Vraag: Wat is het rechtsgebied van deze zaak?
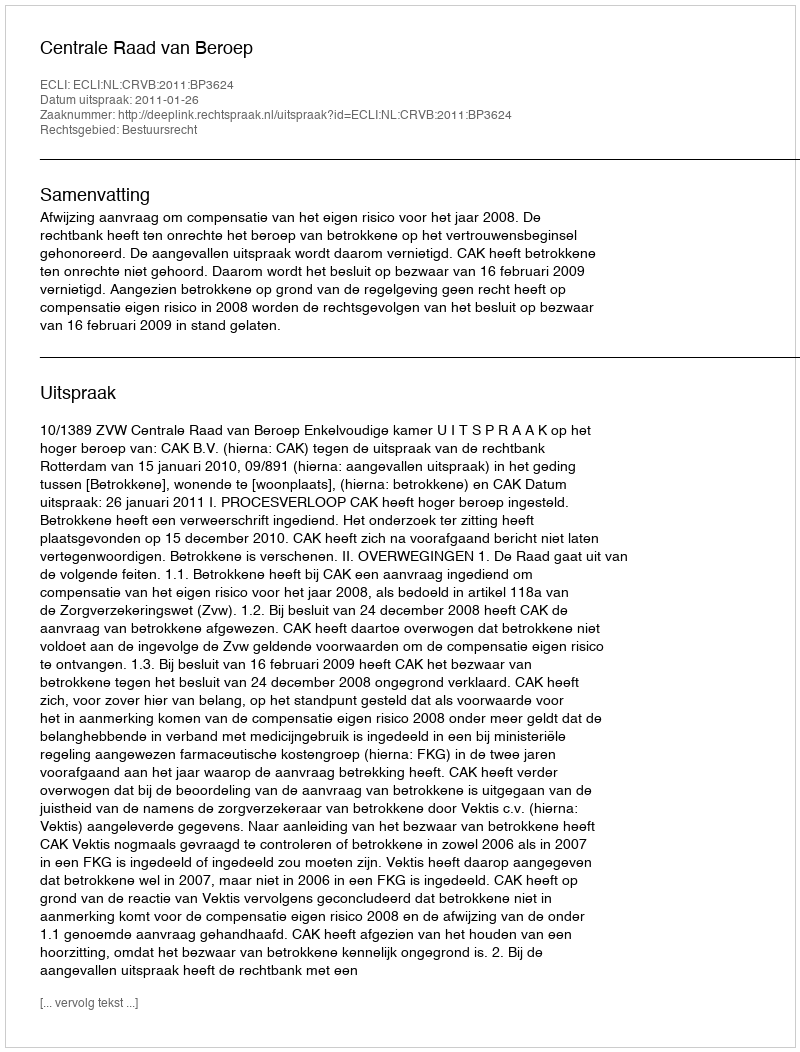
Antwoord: Bestuursrecht